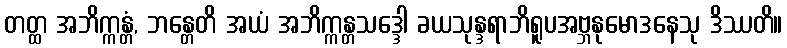
တတ္ထ အဘိက္ကန္တံ, ဘန္တေတိ အယံ အဘိက္ကန္တသဒ္ဒေါ ခယသုန္ဒရာဘိရူပအဗ္ဘနုမောဒနေသု ဒိဿတိ။